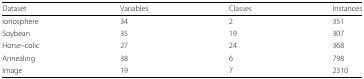
| Dataset | Variables | Classes | Instances |
 | --- | --- | --- | --- |
 | Ionosphere | 34 | 2 | 351 |
 | Soybean | 35 | 19 | 307 |
 | Horse–colic | 27 | 24 | 368 |
 | Annealing | 38 | 6 | 798 |
 | Image | 19 | 7 | 2310 |